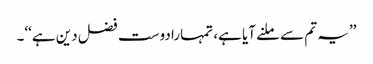
’’یہ تم سے ملنے آیا ہے، تمہارا دوست فضل دین ہے‘‘۔